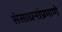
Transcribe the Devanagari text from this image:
संसाधनांप्रमाणे